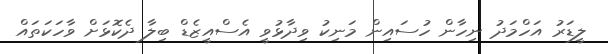
ލީޑަރު އަހްމަދު ނިހާން ހުސައިން މަނިކު ވިދާޅުވީ އެސްއީޒެޑް ބިލާ ދެކޮޅަށް ވާހަކަތައް